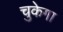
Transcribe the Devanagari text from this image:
चुकेगा